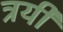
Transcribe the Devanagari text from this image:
त्रयीं